Lunatic asylums Punjab 1881-1894 - 1881-1894
Year: 1881
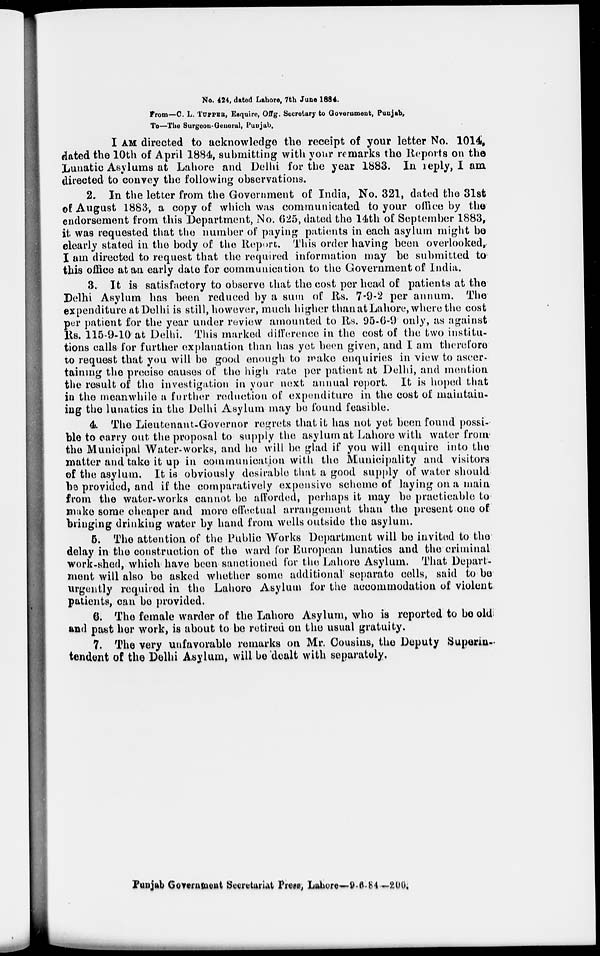
No. 424, dated Lahore, 7th June 1884.
From—C. L. TUPPER, Esquire, Offg. Secretary to Government, Punjab,
To—The Surgeon-General, Punjab.
I AM directed to acknowledge the receipt of your letter No. 1014,
dated the 10th of April 1884, submitting with your remarks the Reports on the
Lunatic Asylums at Lahore and Delhi for the year 1883. In reply, I am
directed to convey the following observations.
2. In the letter from the Government of India, No. 321, dated the 31st
of August 1883, a copy of which was communicated to your office by the
endorsement from this Department, No. 625, dated the 14th of September 1883,
it was requested that the number of paying patients in each asylum might be
clearly stated in the body of the Report. This order having been overlooked,
I am directed to request that the required information may be submitted to
this office at an early date for communication to the Government of India.
3. It is satisfactory to observe that the cost per head of patients at the
Delhi Asylum has been reduced by a sum of Rs. 7-9-2 per annum. The
expenditure at Delhi is still, however, much higher than at Lahore, where the cost
per patient for the year under review amounted to Rs. 95-6-9 only, as against
Rs. 115-9-10 at Delhi. This marked difference in the cost of the two institu-
tions calls for further explanation than has yet been given, and I am therefore
to request that you will be good enough to make enquiries in view to ascer-
taining the precise causes of the high rate per patient at Delhi, and mention
the result of the investigation in your next annual report. It is hoped that
in the meanwhile a further reduction of expenditure in the cost of maintain-
ing the lunatics in the Delhi Asylum may be found feasible.
4. The Lieutenant-Governor regrets that it has not yet been found possi-
ble to carry out the proposal to supply the asylum at Lahore with water from
the Municipal Water-works, and he will be glad if you will enquire into the
matter and take it up in communication with the Municipality and visitors
of the asylum. It is obviously desirable that a good supply of water should
be provided, and if the comparatively expensive scheme of laying on a main
from the water-works cannot be afforded, perhaps it may be practicable to
make some cheaper and more effectual arrangement than the present one of
bringing drinking water by hand from wells outside the asylum.
5. The attention of the Public Works Department will be invited to the
delay in the construction of the ward for European lunatics and the criminal
work-shed, which have been sanctioned for the Lahore Asylum. That Depart-
ment will also be asked whether some additional separate cells, said to be
urgently required in the Lahore Asylum for the accommodation of violent
patients, can be provided.
6. The female warder of the Lahore Asylum, who is reported to be old
and past her work, is about to be retired on the usual gratuity.
7. The very unfavorable remarks on Mr. Cousins, the Deputy Superin-
tendent of the Delhi Asylum, will be dealt with separately.
Punjab Government Secretariat Press, Lahore—9-6-84—200.